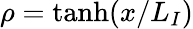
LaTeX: \rho=\operatorname{tanh}(x/L_{I})